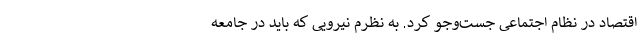
اقتصاد در نظام اجتماعی جست‌وجو کرد. به ‌نظرم نیرویی که باید در جامعه